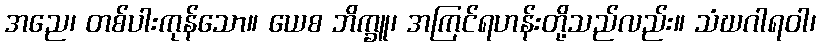
အညေ၊ တစ်ပါးကုန်သော။ ယေစ ဘိက္ခူ၊ အကြင်ရဟန်းတို့သည်လည်း။ သံဃဂါရဝါ၊